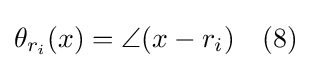
\theta _{r_{i}}(x)=\angle (x-r_{i})\quad (8)